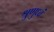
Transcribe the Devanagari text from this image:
श्रुणुध्वं